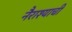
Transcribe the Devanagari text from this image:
नैराश्याची